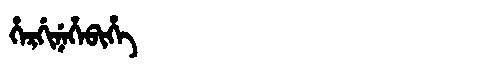
Manchu: ᡥᡝᡵᡤᡳᠨᡝᡥᡝᠪᡳᡥᡝ
Romanization: HERGINEHEBIHE